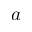
a